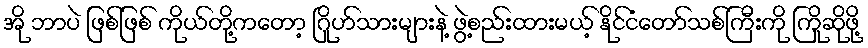
အို ဘာပဲ ဖြစ်ဖြစ် ကိုယ်တို့ကတော့ ဂြိုဟ်သားများနဲ့ ဖွဲ့စည်းထားမယ့် နိုင်ငံတော်သစ်ကြီးကို ကြိုဆိုဖို့